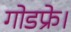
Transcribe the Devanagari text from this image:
गोडफ्रे।